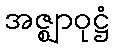
အဇ္ဈာဝုဋ္ဌံ